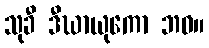
သုခီ ဒီဃာယုကော ဘဝ။